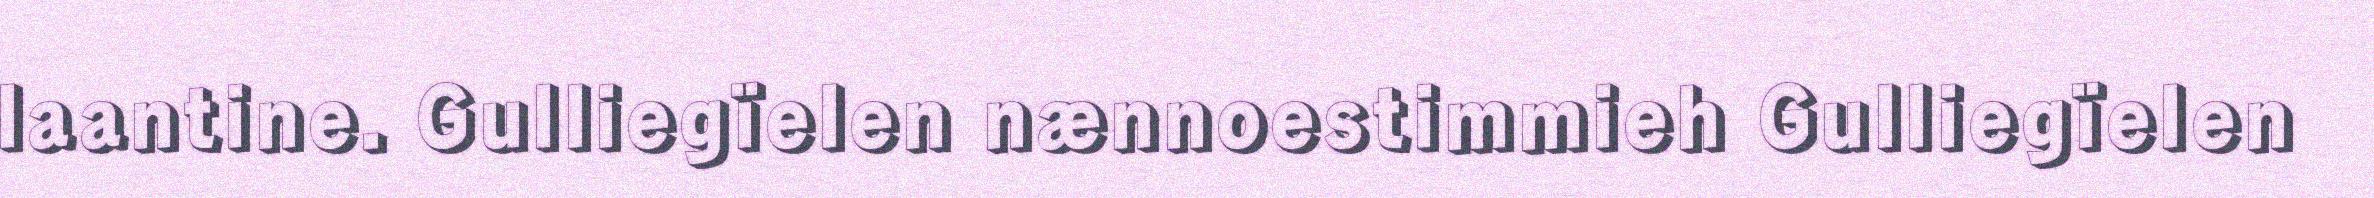
laantine. Gulliegïelen nænnoestimmieh Gulliegïelen